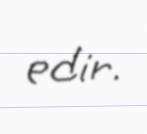
edir.